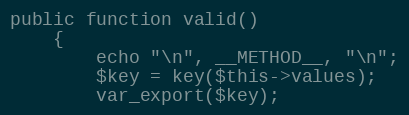
Language: PHP
public function valid()
    {
        echo "\n", __METHOD__, "\n";
        $key = key($this->values);
        var_export($key);